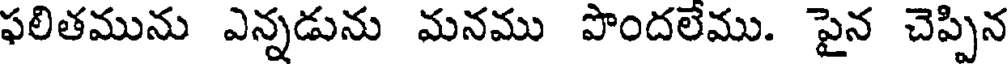
ఫలితమును ఎన్నడును మనము పొందలేము. పైన చెప్పిన